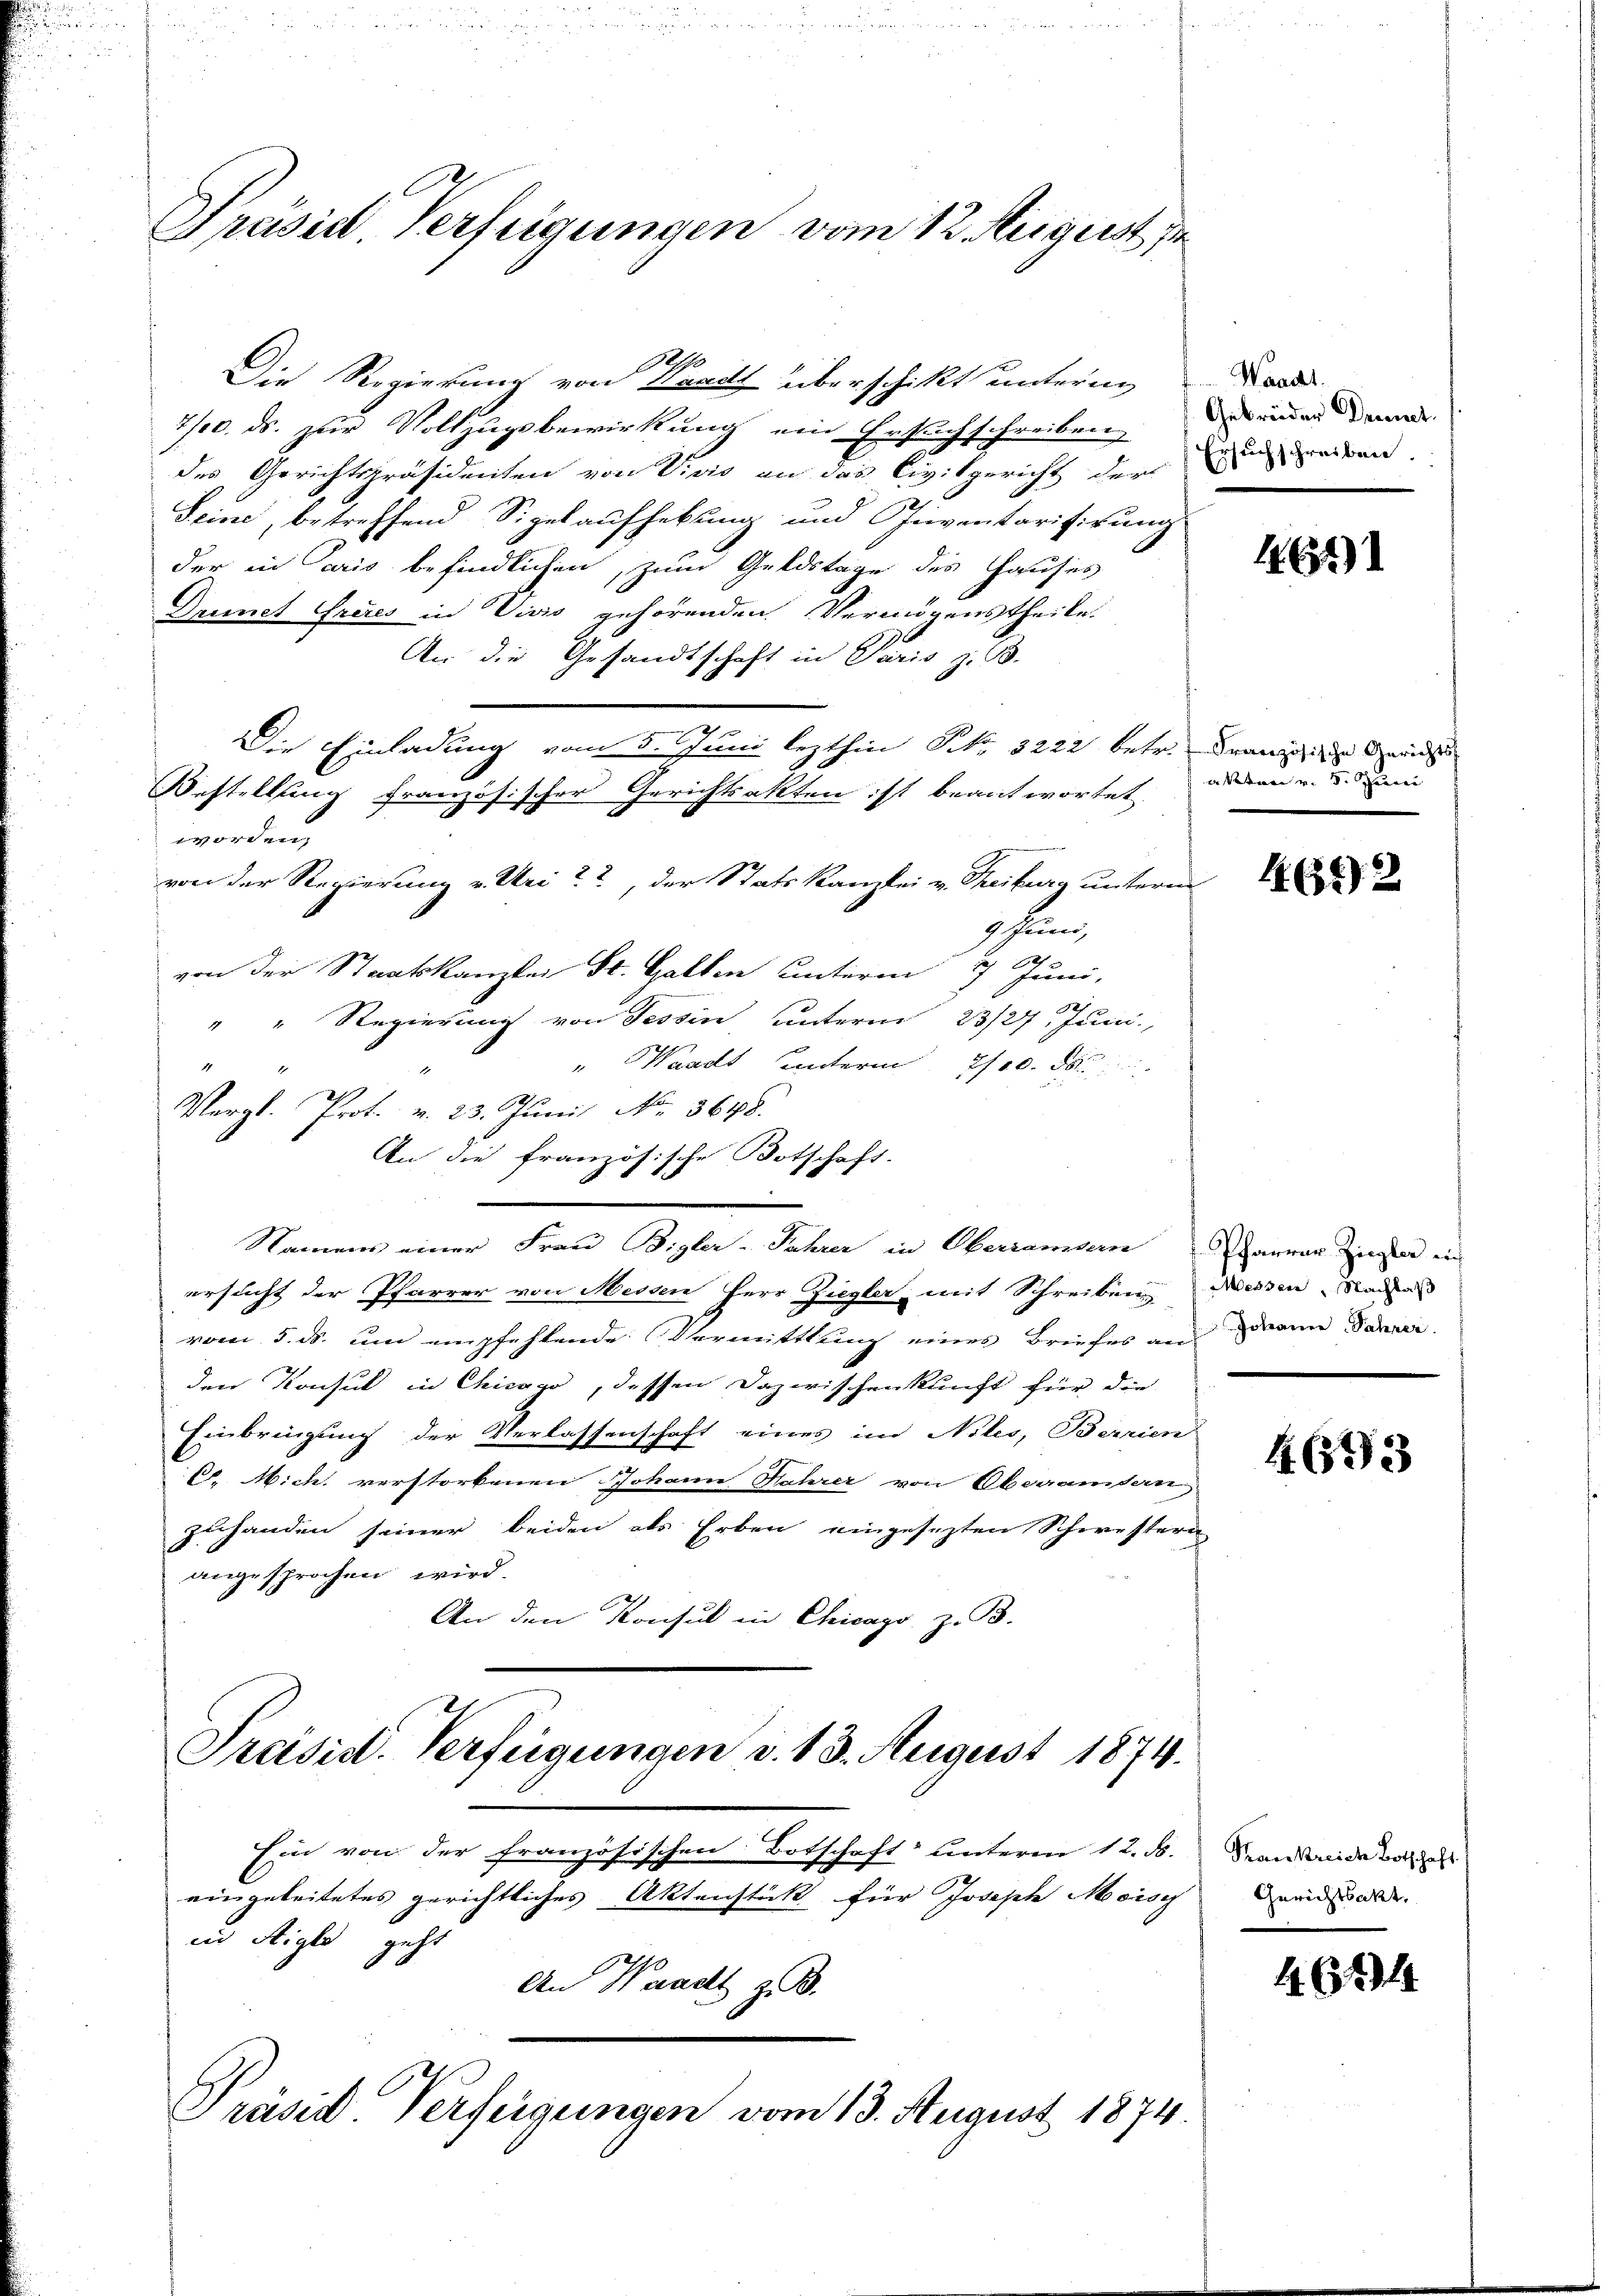
Präsidl Verfügungen vom 12. August

Die Regierung von Waadt überschikt untern da
7/10. ds. zur Vollzugsbewirkung ein Ersuchschreiben,
des Gerichtspräsidenten von Vivis an das Civilgericht der weiten
Seine, betreffend Sigelaufhebung und eventarifirung
der in aris befindlichen, zum Geldstage des Hauses
Drinet Gries in Vivis gehörenden Vermögenstheile.
An die Gesandtschaft in Paris z. B.
n
Die Einladung vom 5. Juni lezthin Nr. 3222 betr. den Gerich
Bestellung französischer Gerichtsakten ist beantwortet
d
worden.
von der Regierung v. Uri, der Stats Kanzlei v. Treiburg unterm
9 Juni,
von der Staatskanzlei St. Gallen unterm 7 Juni,
S 1
" " Regierung von Tessin unterm 23/27. Juni,
" Waadt unterm 700. d.
1
Vergl. Prot. v. 23. Juni No. 3648.
An die französische Botschaft
Namen einer Frau Bigler-Jahrer in Oberrandern Januar Ziegen in
ersucht der Pfarrer von Messen Herr Ziegler, mit Schreiben Weisen Nadas
vom 5. ds. um empfehlende Vermittlung eines Briefes an dann Parrer.
den Konsul in Chicago, dessen Dazwischenkunft für die
Einbringung der Verlassenschaft eines im Niles, Berrien
C. Mich verstorbenen Johann Fahrer von Oberamtern
zuhanden seiner beiden als Erben eingesezten Schwestern
angesprochen wird.
An den Konsul in Chicago z. B.

Präsid. Verfügungen v. 13. August 1874.
Ein von der französischen Botschaft unterm 12. ds. anweide vo

in Aigle geht

Präsid Verfügungen vom 13. August 1874.

eingeleitetes gerichtliches Aktenstück für Joseph Moisi Geriale
An Waadt z. B.

Gebrüder Brennt.

1464)

aketen v. 5. Juni

465) 2

4693

1674